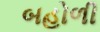
બહોળી